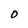
Character: O